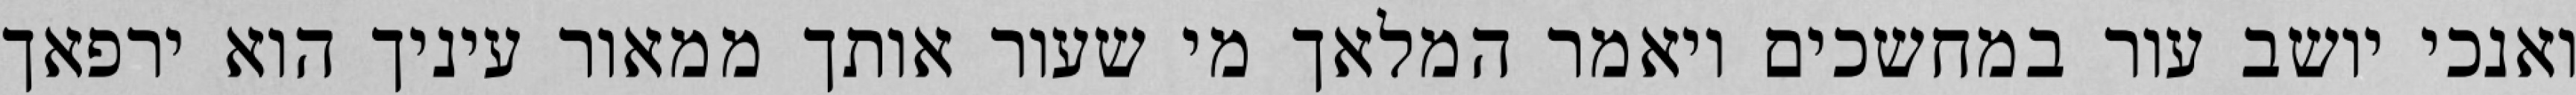
ואנכי יושב עור במחשכים ויאמר המלאך מי שעור אותך ממאור עיניך הוא ירפאך